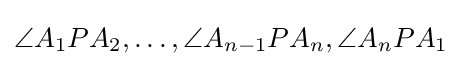
\angle A_{1}PA_{2},\ldots ,\angle A_{n-1}PA_{n},\angle A_{n}PA_{1}